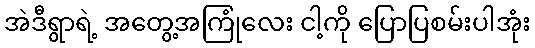
အဲဒီရွာရဲ့ အတွေ့အကြုံလေး ငါ့ကို ပြောပြစမ်းပါအုံး